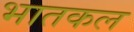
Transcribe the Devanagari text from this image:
भातकल